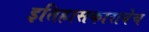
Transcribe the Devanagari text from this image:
इतिहासकारानेच